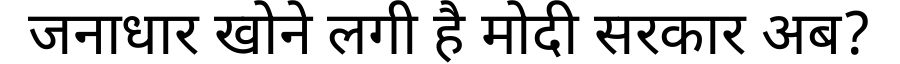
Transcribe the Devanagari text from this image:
जनाधार खोने लगी है मोदी सरकार अब?